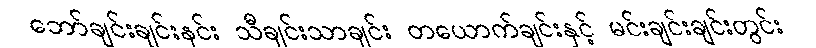
ဘော်ချင်းချင်းနင်း သီချင်းသာချင်း တယောက်ချင်းနှင့် မင်းချင်းချင်းတွင်း